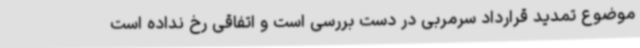
موضوع تمدید قرارداد سرمربی در دست بررسی است و اتفاقی رخ نداده است